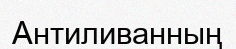
Антиливанның